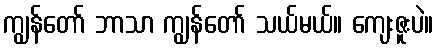
ကျွန်တော် ဘာသာ ကျွန်တော် သယ်မယ်။ ကျေးဇူးပဲ။